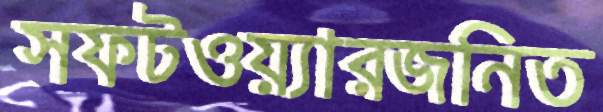
সফটওয়্যারজনিত